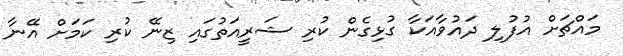
މައްޗަށް އުފުލި ދައުވާއަކާ ގުޅިގެން ކުރި ޝަރީއަތުގައި ޒިނޭ ކުރި ކަމަށް އޭނާ